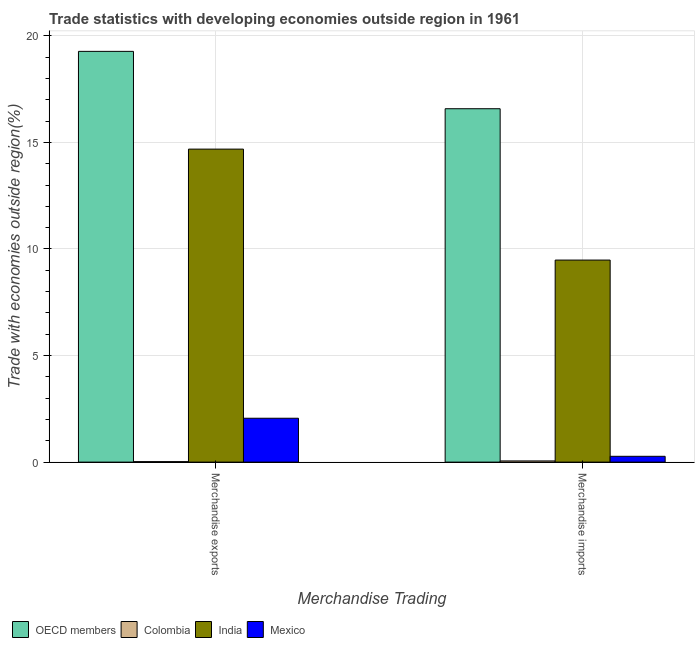
| Merchandise Trading | OECD members | Colombia | India | Mexico |
 | --- | --- | --- | --- | --- |
 | Merchandise exports | 19.3 | 0.023 | 14.7 | 2.06 |
 | Merchandise imports | 16.6 | 0.0557 | 9.48 | 0.273 |